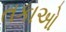
તકાઓ